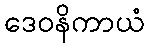
ဒေဝနိကာယံ